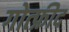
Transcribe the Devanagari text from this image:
गोत्फ्रीद